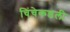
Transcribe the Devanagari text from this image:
चिंचेकडली